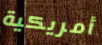
أمريكية